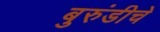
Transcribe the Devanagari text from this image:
बुरुंडीचे